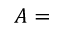
A =